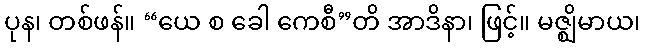
ပုန၊ တစ်ဖန်။ “ယေ စ ခေါ ကေစီ”တိ အာဒိနာ၊ ဖြင့်။ မဇ္ဈိမာယ၊